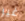
غير